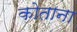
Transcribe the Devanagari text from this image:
कोताना